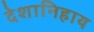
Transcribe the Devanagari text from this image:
देशानिहाय